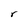
Character: r